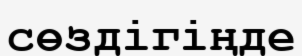
сөздігіңде